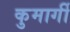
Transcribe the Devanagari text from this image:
कुमार्गी